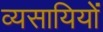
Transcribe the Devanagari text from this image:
व्यसायियों